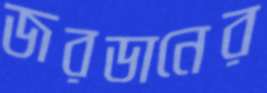
জরডানের